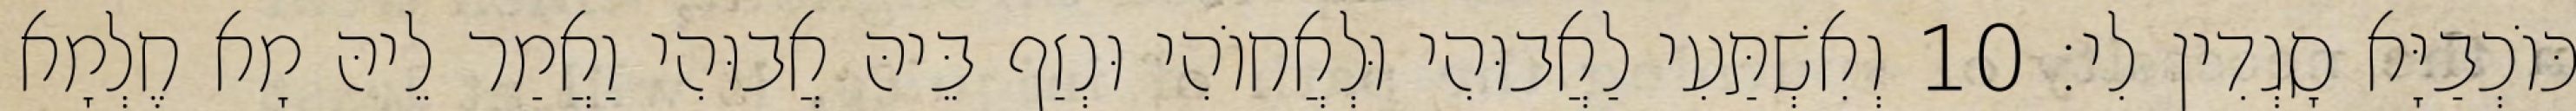
כּוֹכְבַיָּא סָגְדִין לִי׃ 10 וְאִשְׁתַּעִי לַאֲבוּהִי וּלְאֲחוֹהִי וּנְזַף בֵּיהּ אֲבוּהִי וַאֲמַר לֵיהּ מָא חֶלְמָא